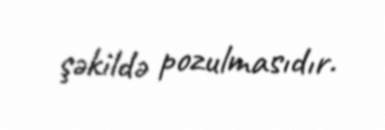
şəkildə pozulmasıdır.